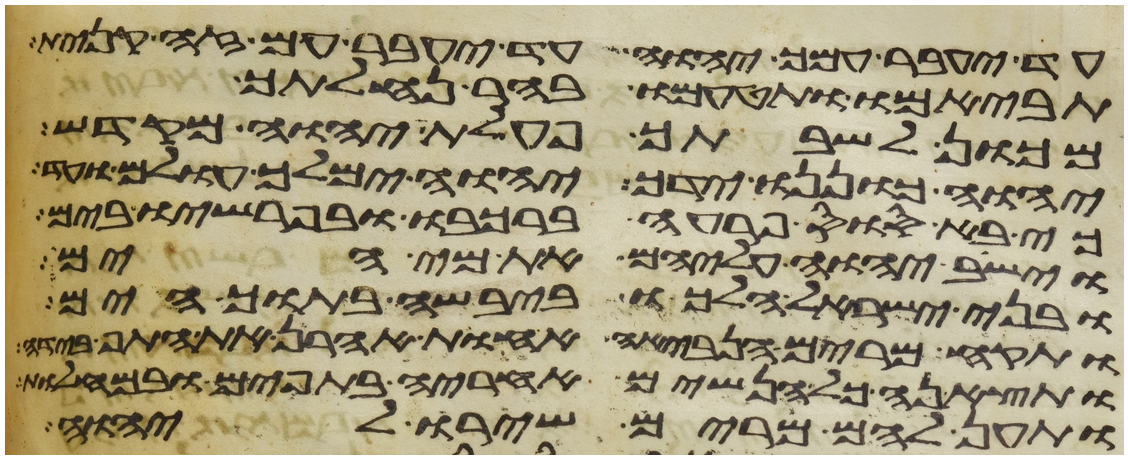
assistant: עד יעבר עמך יהוה עד יעבר עם זה קנית
תביאמו ותטעמו בהר נחלתך
מכון לשבתך פעלת יהוה מקדש
יהוה כוננו ידך יהוה ימלך עולם
כי בא סוס פרעה ברכבו ובפרשיו בים
וישב יהוה עליהם את מי הים
ובני ישראל הלכו ביבשה בתוך הים
ותקח מרים הנביאה אחות אהרן את התף
ותצאנה כל הנשים אחריה בתפים ובמחלות
ותען להם מרים שירו ליהוה